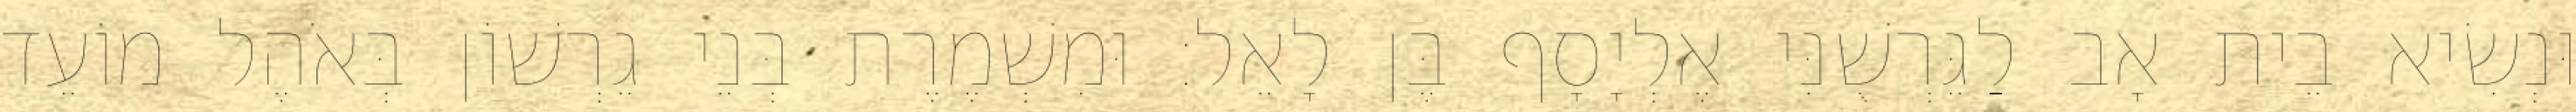
וּנְשִׂיא בֵית אָב לַגֵּרְשֻׁנִּי אֶלְיָסָף בֶּן לָאֵל׃ וּמִשְׁמֶרֶת בְּנֵי גֵרְשׁוֹן בְּאֹהֶל מוֹעֵד